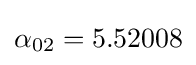
\alpha _{02}=5.52008